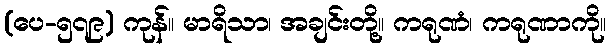
(ပေ-၅၇၉) ကုန်။ မာရိသာ၊ အချင်းတို့။ ကရုဏံ၊ ကရုဏာကို။